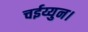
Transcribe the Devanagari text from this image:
चईय्युन।